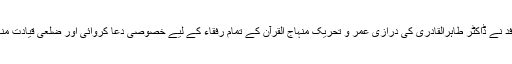
اس موقع پر سائوتھ افریقہ سے تشریف لانے والے وفد نے ڈاکٹر طاہرالقادری کی درازی عمر و تحریک منہاج القرآن کے تمام رفقاء کے لیے خصوصی دعا کروائی اور ضلعی قیادت منہاج القرآن کا شکریہ ادا کر کے واپس روانہ ہو گئے۔